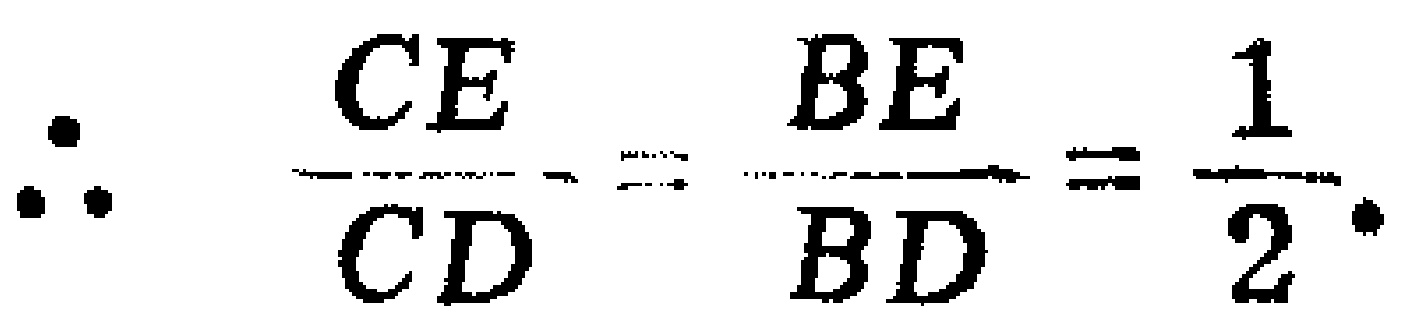
\(\therefore \frac{CE}{CD}=\frac{BE}{BD}=\frac{1}{2}.\)